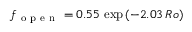
f _ { \mathrm { ~ o ~ p ~ e ~ n ~ } } = 0 . 5 5 \, \exp \left( - 2 . 0 3 \, R o \right)